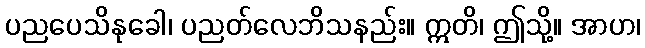
ပညပေသိနုခေါ၊ ပညတ်လေဘိသနည်း။ ဣတိ၊ ဤသို့။ အာဟ၊